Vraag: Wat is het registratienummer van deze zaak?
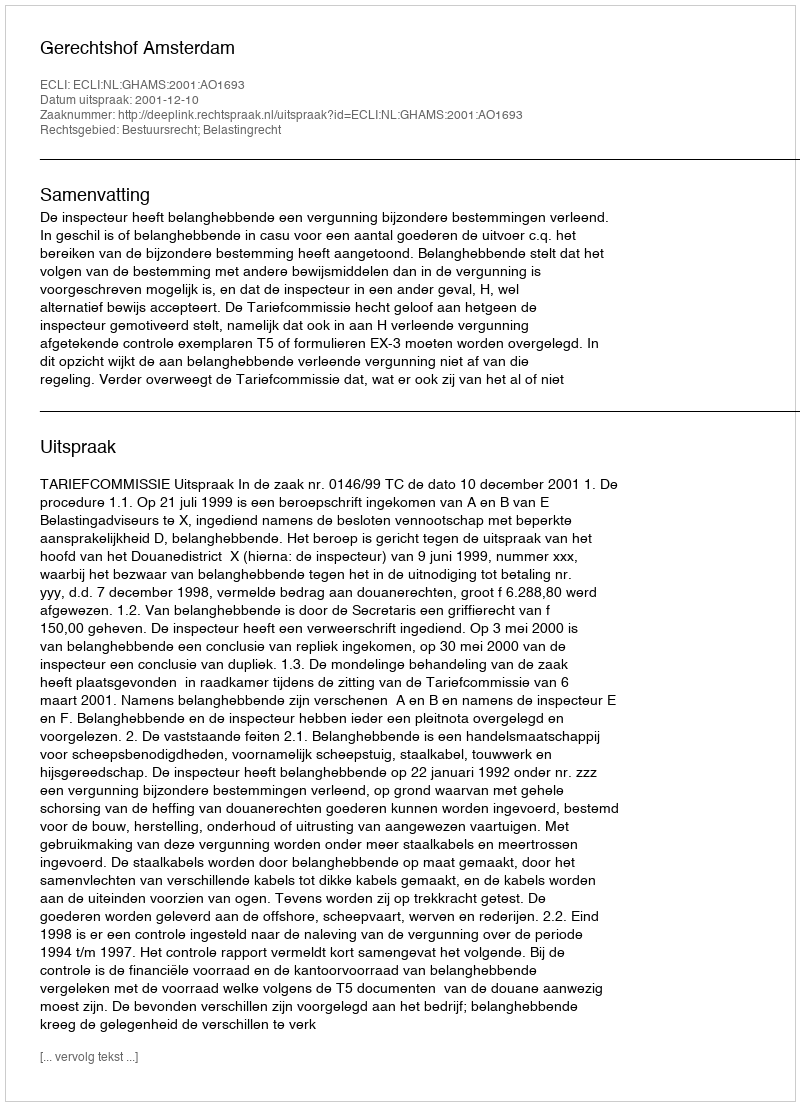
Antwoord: http://deeplink.rechtspraak.nl/uitspraak?id=ECLI:NL:GHAMS:2001:AO1693